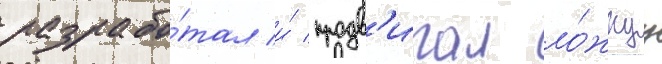
разрабо́тал и́ продв'игал ло́жнуу